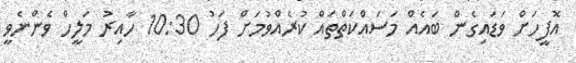
އޮފީހަށް ވަޑައިގެން ބައެއް މަސައްކަތްތައް ކުރެއްވުމަށް ފަހު 10:30 ހާއިރު މަލީހް ވެންނެވީ